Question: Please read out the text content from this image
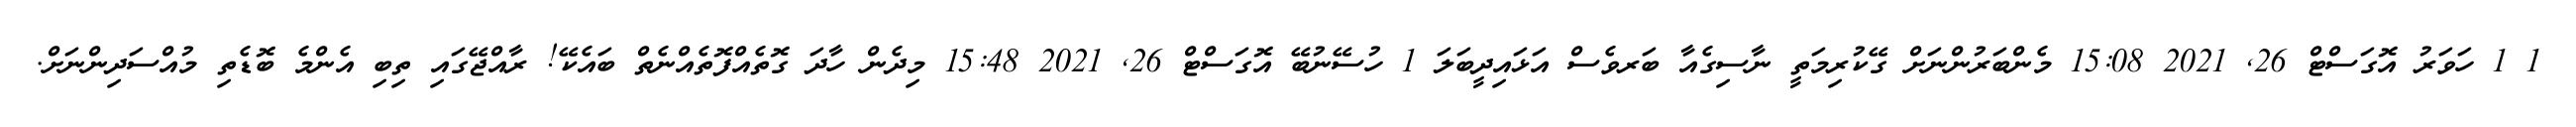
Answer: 1 1 ހަވަރު އޮގަސްޓް 26, 2021 15:08 މެންބަރުންނަށް ގޭކުރިމަތީ ނާސިގެއާ ބަރވެސް އަޅައިދީބަލަ 1 ހުސޭނުބޭ އޮގަސްޓް 26, 2021 15:48 މިދެން ހާދަ ގޮތެއްފޮތެއްނެތް ބައެކޭ! ރާއްޖޭގައި ތިބި އެންމެ ބޮޑެތި މުއްސަދިންނަށް.